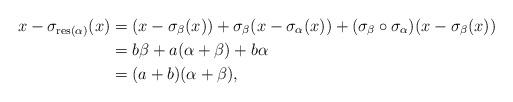
LaTeX: \begin{align*} x-\sigma_{\mathrm{res}(\alpha)}(x) &= (x- \sigma_{\beta}(x))+ \sigma_{\beta}(x- \sigma_{\alpha}(x)) + (\sigma_{\beta} \circ \sigma_{\alpha})(x- \sigma_{\beta}(x))\\ &=b\beta+a(\alpha+\beta)+b\alpha\\ &=(a+b)(\alpha+\beta),\end{align*}